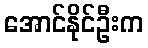
အောင်နိုင်ဦးက